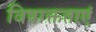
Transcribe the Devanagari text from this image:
विषाक्तताएं